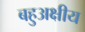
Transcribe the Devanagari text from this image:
बहुअक्षीय